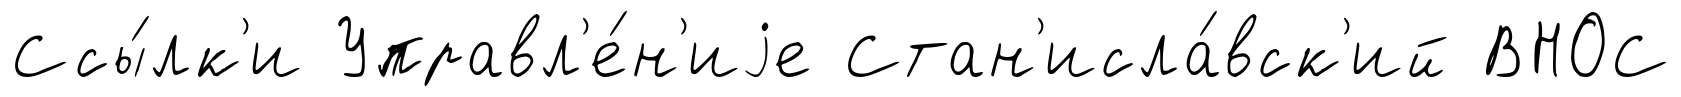
Ссы́лк'и Управл'е́н'иjе Стан'исла́вск'ий ВНОС